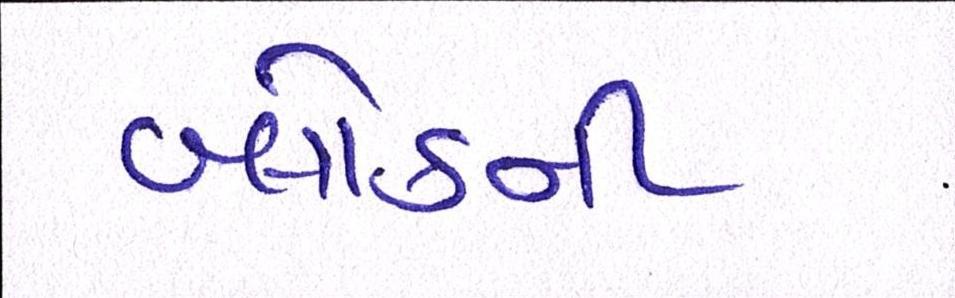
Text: બ્લોકની